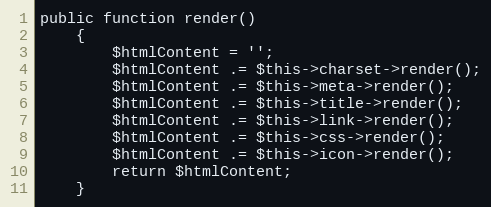
Language: PHP
public function render()
    {
        $htmlContent = '';
        $htmlContent .= $this->charset->render();
        $htmlContent .= $this->meta->render();
        $htmlContent .= $this->title->render();
        $htmlContent .= $this->link->render();
        $htmlContent .= $this->css->render();
        $htmlContent .= $this->icon->render();
        return $htmlContent;
    }